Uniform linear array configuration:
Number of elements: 48
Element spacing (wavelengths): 1
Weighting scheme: blackman
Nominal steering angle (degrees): -60
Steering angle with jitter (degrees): -61.683
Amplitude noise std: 0.05
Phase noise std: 0.05

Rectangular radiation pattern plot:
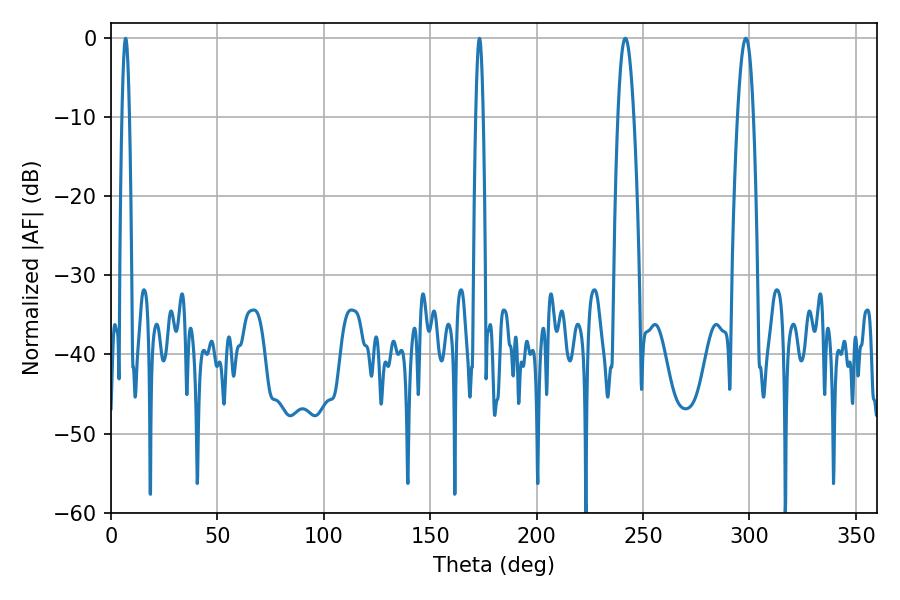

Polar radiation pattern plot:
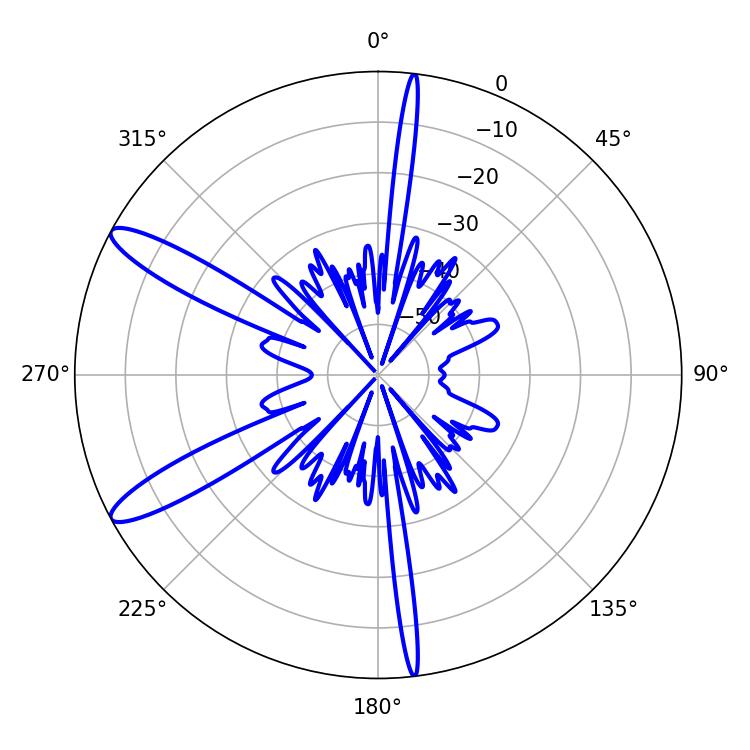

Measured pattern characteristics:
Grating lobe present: TRUE
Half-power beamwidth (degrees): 3.96
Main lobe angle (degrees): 298.26